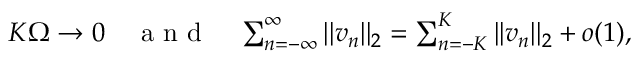
\begin{array} { r } { K \Omega \rightarrow 0 \quad \mathrm { ~ a ~ n ~ d ~ } \quad \sum _ { n = - \infty } ^ { \infty } | | v _ { n } | | _ { 2 } = \sum _ { n = - K } ^ { K } | | v _ { n } | | _ { 2 } + o ( 1 ) , } \end{array}